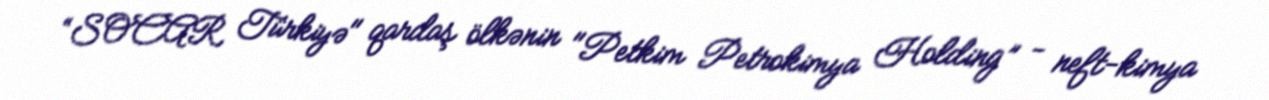
“SOCAR Türkiyə" qardaş ölkənin "Petkim Petrokimya Holding” - neft-kimya